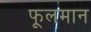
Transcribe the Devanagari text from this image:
फूलमान